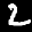
Label: 2